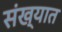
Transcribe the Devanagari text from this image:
संख्यात